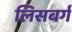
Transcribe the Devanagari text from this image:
लिसबर्ग